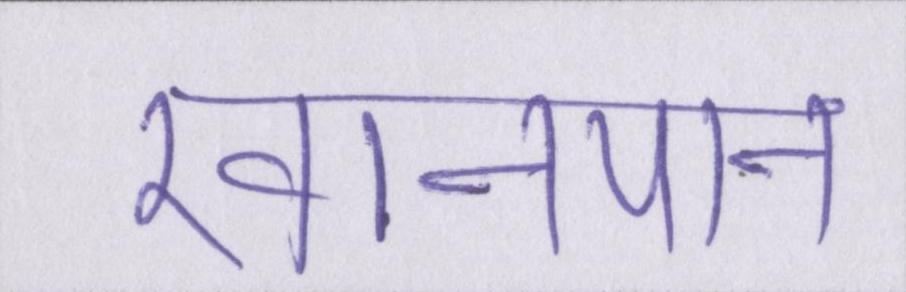
खानपान